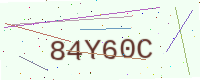
Text: 84Y60C